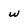
Character: w